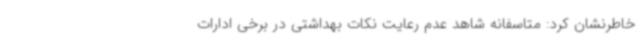
خاطرنشان کرد: متاسفانه شاهد عدم رعایت نکات بهداشتی در برخی ادارات